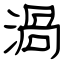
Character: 渦